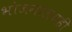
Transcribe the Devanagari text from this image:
भोजनालयही